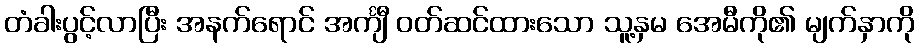
တံခါးပွင့်လာပြီး အနက်ရောင် အင်္ကျီ ဝတ်ဆင်ထားသော သူ့နှမ အေမီကို၏ မျက်နှာကို